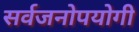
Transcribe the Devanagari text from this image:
सर्वजनाेपयाेगी